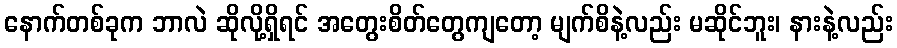
နောက်တစ်ခုက ဘာလဲ ဆိုလို့ရှိရင် အတွေးစိတ်တွေကျတော့ မျက်စိနဲ့လည်း မဆိုင်ဘူး၊ နားနဲ့လည်း